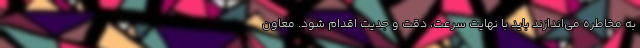
به مخاطره می‌اندازند باید با نهایت سرعت، دقت و جدیت اقدام شود. معاون